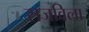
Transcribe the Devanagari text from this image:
सजविला